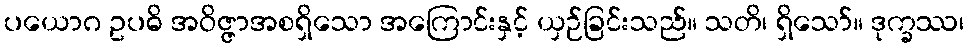
ပယောဂ ဥပဓိ အဝိဇ္ဇာအစရှိသော အကြောင်းနှင့် ယှဉ်ခြင်းသည်။ သတိ၊ ရှိသော်။ ဒုက္ခဿ၊